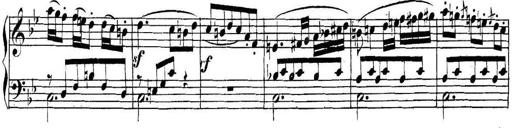
Title: Collected Piano Sonatas
Composer: Muzio Clementi